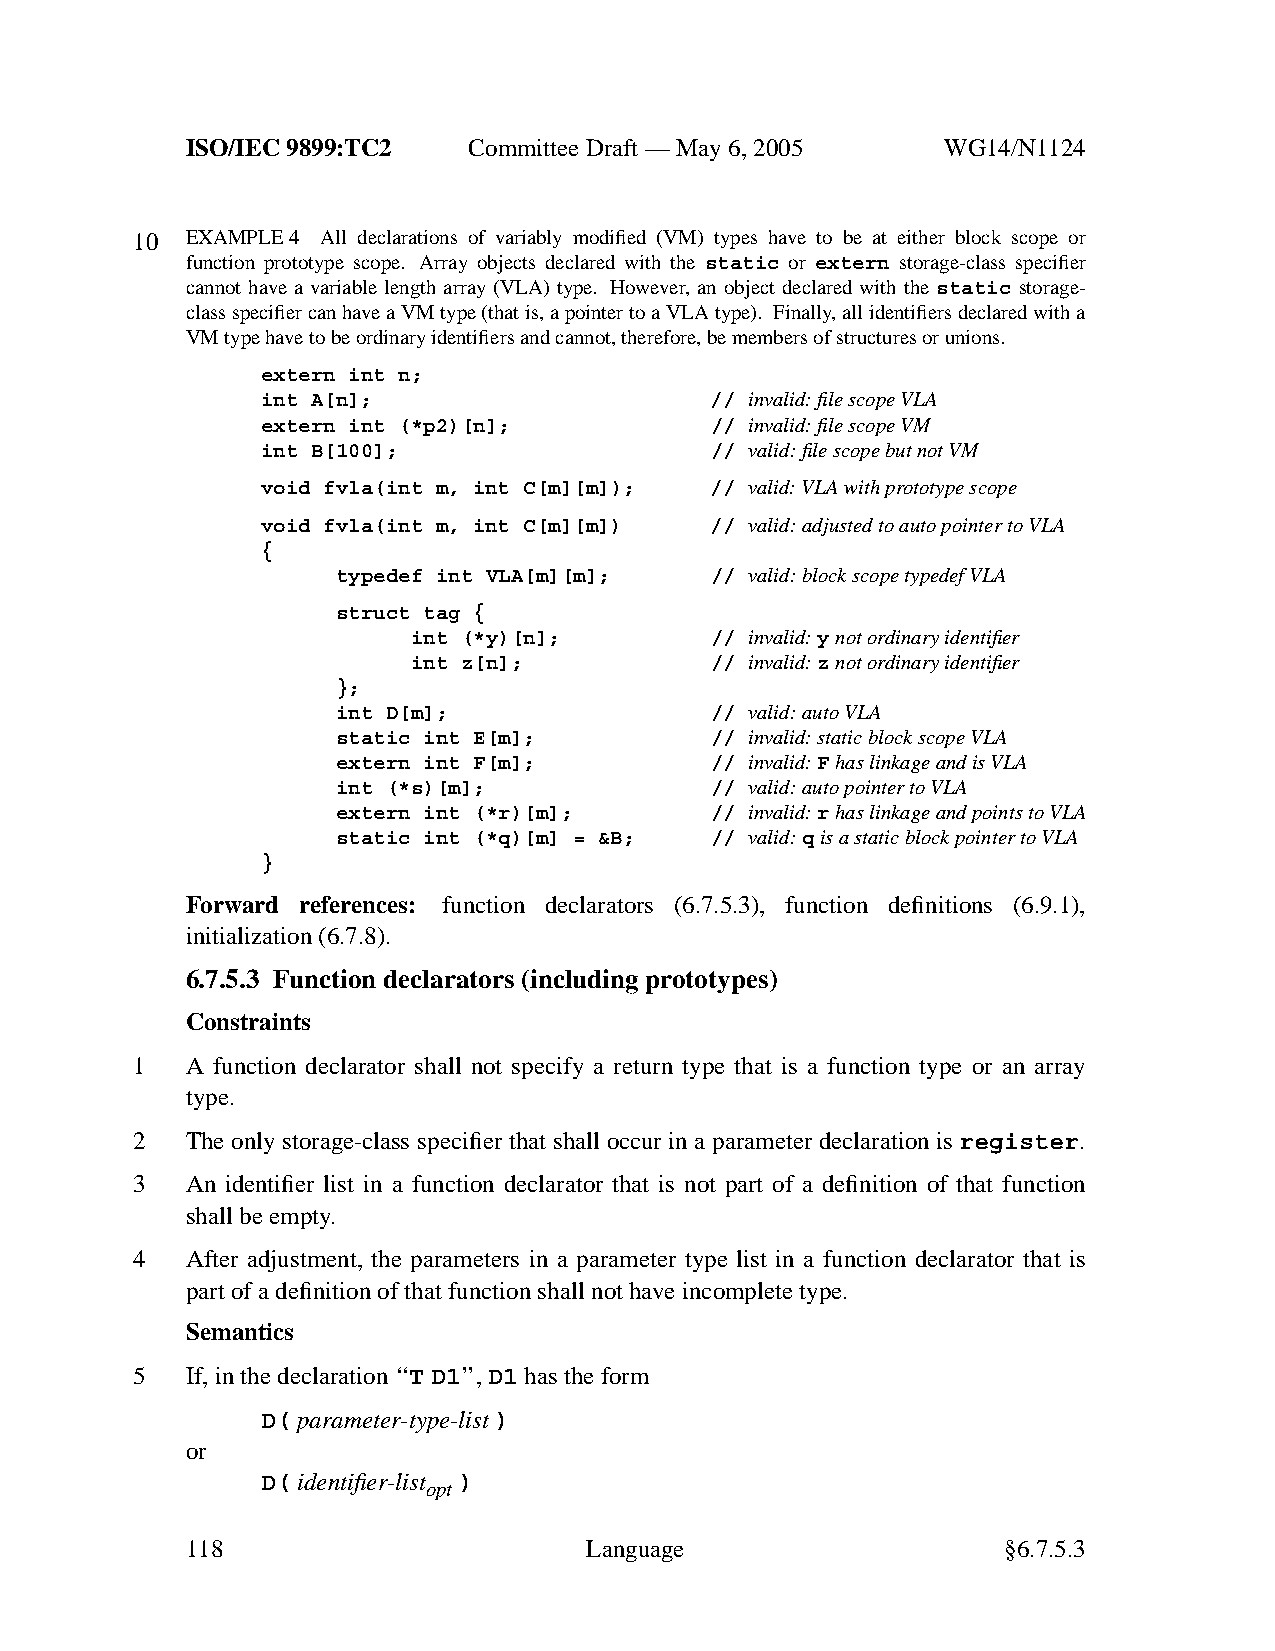
ISO/IEC 9899:TC2   Committee Draft — May 6, 2005   WG14/N1124
 10 EXAMPLE 4 All declarations of variably modified (VM) types have to be at either block scope or
 function prototype scope. Array objects declared with the static or extern storage-class specifier
 cannot have a variable length array (VLA) type. However, an object declared with the static storage-
 class specifier can have a VMtype (that is, a pointer to a VLA type). Finally,all identifiers declared with a
 VM type have tobeordinary identifiers and cannot, therefore, be members of structures or unions.
 extern int n;
 int A[n];                     // invalid: file scope VLA
 extern int (*p2)[n];          // invalid: file scope VM
 int B[100];                   // valid: file scope but not VM
 void fvla(int m, int C[m][m]); // valid: VLA with prototype scope
 void fvla(int m, int C[m][m]) // valid: adjusted to auto pointer to VLA
 {
 typedef int VLA[m][m];   // valid: blockscope typedef VLA
 struct tag {
 int (*y)[n];        // invalid:ynot ordinary identifier
 int z[n];           // invalid:znot ordinary identifier
 };
 int D[m];                // valid: auto VLA
 static int E[m];         // invalid: static blockscope VLA
 extern int F[m];         // invalid:Fhas linkage and is VLA
 int (*s)[m];             // valid: auto pointer to VLA
 extern int (*r)[m];      // invalid:rhas linkage and points to VLA
 static int (*q)[m] = &B; // valid:qis a static blockpointer to VLA
 }
 Forward references: function declarators (6.7.5.3), function definitions (6.9.1),
 initialization (6.7.8).
 6.7.5.3 Function declarators (including prototypes)
 Constraints
 1  A function declarator shall not specify a return type that is a function type or an array
 type.
 2  The only storage-class specifier that shall occur in a parameter declaration is register.
 3  An identifier list in a function declarator that is not part of a definition of that function
 shall be empty.
 4  After adjustment, the parameters in a parameter type list in a function declarator that is
 part of a definition of that function shall not have incomplete type.
 Semantics
 5  If, in the declaration ‘‘TD1’’, D1 has the form
 D( parameter-type-list)
 or
 D( identifier-list )
 opt
 118                        Language                    §6.7.5.3